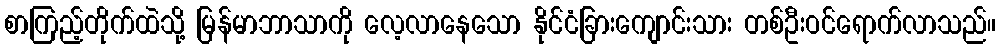
စာကြည့်တိုက်ထဲသို့ မြန်မာဘာသာကို လေ့လာနေသော နိုင်ငံခြားကျောင်းသား တစ်ဦးဝင်ရောက်လာသည်။